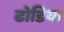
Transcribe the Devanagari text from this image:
ढोडिया